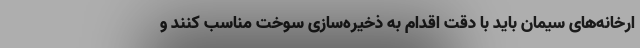
ارخانه‌های سیمان باید با دقت اقدام به ذخیره‌سازی سوخت مناسب کنند و